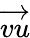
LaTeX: \overrightarrow{vu}